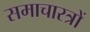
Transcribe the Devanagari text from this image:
समाचारत्रों